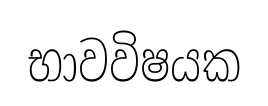
භාවවිෂයක